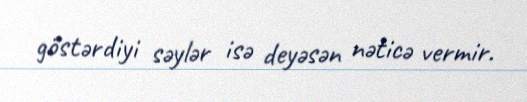
göstərdiyi səylər isə deyəsən nəticə vermir.